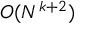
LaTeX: O ( N ^ { k + 2 } )